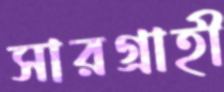
সারগ্রাহী